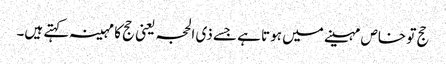
حج تو خاص مہینے میں ہوتا ہے جسے ذی الحجہ یعنی حج کا مہینہ کہتے ہیں۔